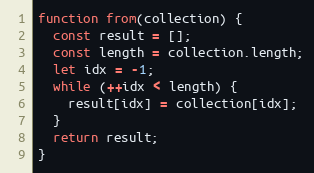
Language: JavaScript
function from(collection) {
  const result = [];
  const length = collection.length;
  let idx = -1;
  while (++idx < length) {
    result[idx] = collection[idx];
  }
  return result;
}